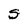
Character: S